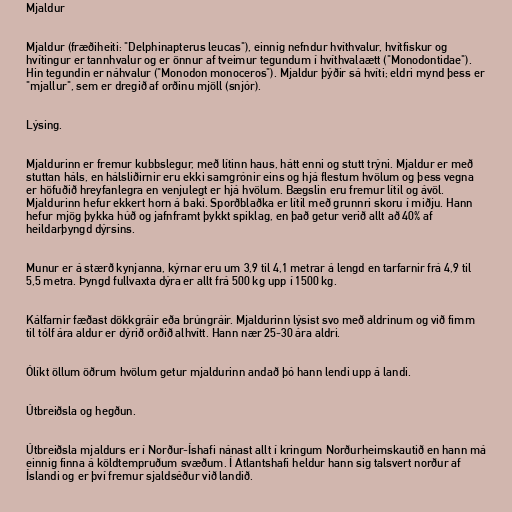
Mjaldur

Mjaldur (fræðiheiti: "Delphinapterus leucas"), einnig nefndur hvíthvalur, hvítfiskur og
hvítingur er tannhvalur og er önnur af tveimur tegundum í hvíthvalaætt ("Monodontidae").
Hin tegundin er náhvalur ("Monodon monoceros"). Mjaldur þýðir sá hvíti; eldri mynd þess er
"mjallur", sem er dregið af orðinu mjöll (snjór).

Lýsing.

Mjaldurinn er fremur kubbslegur, með lítinn haus, hátt enni og stutt trýni. Mjaldur er með
stuttan háls, en hálsliðirnir eru ekki samgrónir eins og hjá flestum hvölum og þess vegna
er höfuðið hreyfanlegra en venjulegt er hjá hvölum. Bægslin eru fremur lítil og ávöl.
Mjaldurinn hefur ekkert horn á baki. Sporðblaðka er lítil með grunnri skoru í miðju. Hann
hefur mjög þykka húð og jafnframt þykkt spiklag, en það getur verið allt að 40% af
heildarþyngd dýrsins.

Munur er á stærð kynjanna, kýrnar eru um 3,9 til 4,1 metrar á lengd en tarfarnir frá 4,9 til
5,5 metra. Þyngd fullvaxta dýra er allt frá 500 kg upp í 1500 kg.

Kálfarnir fæðast dökkgráir eða brúngráir. Mjaldurinn lýsist svo með aldrinum og við fimm
til tólf ára aldur er dýrið orðið alhvítt. Hann nær 25-30 ára aldri.

Ólíkt öllum öðrum hvölum getur mjaldurinn andað þó hann lendi upp á landi.

Útbreiðsla og hegðun.

Útbreiðsla mjaldurs er í Norður-Íshafi nánast allt í kringum Norðurheimskautið en hann má
einnig finna á köldtempruðum svæðum. Í Atlantshafi heldur hann sig talsvert norður af
Íslandi og er því fremur sjaldséður við landið.